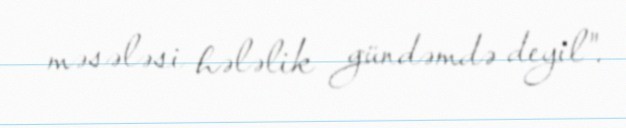
məsələsi hələlik gündəmdə deyil".